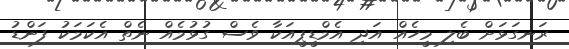
ރަނގަޅަށް ބެލި މީހެއް އަދި އެމްޑީޕީއަކާ ވެސް ގުޅުމެއް ނެތް އެކަމަކު ފަންޑު